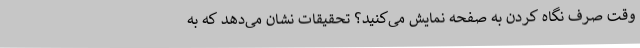
وقت صرف نگاه کردن به صفحه نمایش می‌کنید؟ تحقیقات نشان می‌دهد که به